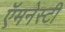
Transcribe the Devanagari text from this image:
ऍमनेस्टी